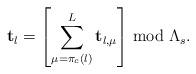
LaTeX: \begin{align*}\mathbf{t}_{l}=\left[\sum_{\mu=\pi_{c}\left(l\right)}^{L}\mathbf{t}_{l,\mu}\right]\bmod\Lambda_{s}.\end{align*}